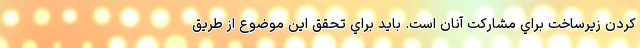
كردن زيرساخت براي مشاركت آنان است. بايد براي تحقق اين موضوع از طريق